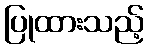
ပြုထားသည့်